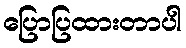
ပြောပြထားတာပါ